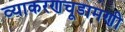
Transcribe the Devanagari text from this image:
व्याकरणचूडामणी